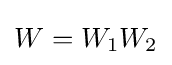
W=W_{1}W_{2}